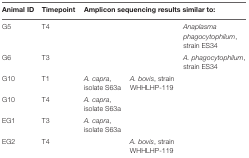
| Animal ID | Timepoint | <COLSPAN=3> Amplicon sequencing results similar to: |
 | --- | --- | --- | --- | --- |
 | G5 | T4 |  |  | Anaplasma phagocytophilum, strain ES34 |
 | G6 | T3 |  |  | A. phagocytophilum, strain ES34 |
 | G10 | T1 | A. capra, isolate S63a | A. bovis, strain WHHLHP-119 |  |
 | G10 | T4 | A. capra, isolate S63a |  |  |
 | EG1 | T3 | A. capra, isolate S63a |  |  |
 | EG2 | T4 |  | A. bovis, strain WHHLHP-119 |  |